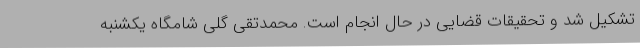
تشکیل شد و تحقیقات قضایی در حال انجام است. محمدتقی گلی شامگاه یکشنبه